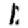
Digit: 1